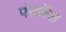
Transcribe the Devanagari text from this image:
फंकॉस